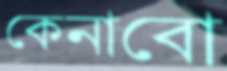
কেনাবো